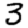
Digit: 3